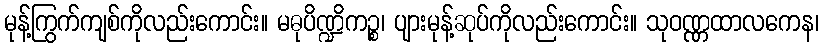
မုန့်ကြွက်ကျစ်ကိုလည်းကောင်း။ မဓုပိဏ္ဍိကဉ္စ၊ ပျားမုန့်ဆုပ်ကိုလည်းကောင်း။ သုဝဏ္ဏထာလကေန၊